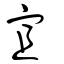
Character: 宜